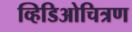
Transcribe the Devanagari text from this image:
व्हिडिओचित्रण